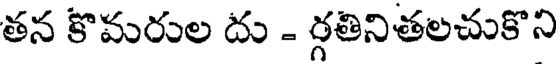
తన కొమరుల దు - ర్గతినితలచుకొని